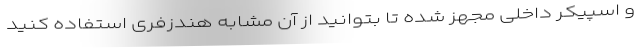
و اسپیکر داخلی مجهز شده تا بتوانید از آن مشابه هندزفری استفاده کنید